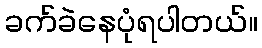
ခက်ခဲနေပုံရပါတယ်။